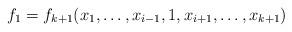
LaTeX: \begin{align*}f_1 = f_{k+1}(x_1,\ldots,x_{i-1},1,x_{i+1},\ldots,x_{k+1})\end{align*}